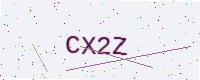
Text: CX2Z